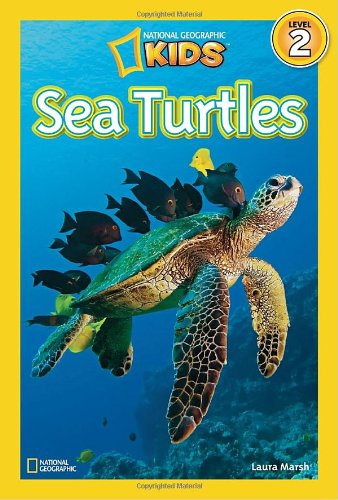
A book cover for National Geographic Readers: Sea Turtles; Laura Marsh; Children's Books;